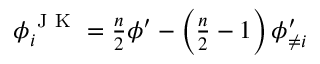
\begin{array} { r } { \small \phi _ { i } ^ { \mathrm { ~ J ~ K ~ } } = \frac { n } { 2 } \phi ^ { \prime } - \left( \frac { n } { 2 } - 1 \right) \phi _ { \neq i } ^ { \prime } \, } \end{array}